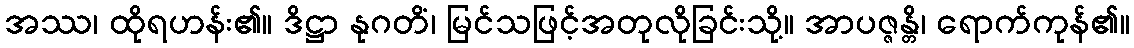
အဿ၊ ထိုရဟန်း၏။ ဒိဋ္ဌာ နုဂတိံ၊ မြင်သဖြင့်အတုလိုခြင်းသို့။ အာပဇ္ဇန္တိ၊ ရောက်ကုန်၏။